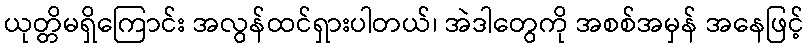
ယုတ္တိမရှိကြောင်း အလွန်ထင်ရှားပါတယ်၊ အဲဒါတွေကို အစစ်အမှန် အနေဖြင့်